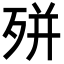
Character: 𭮎